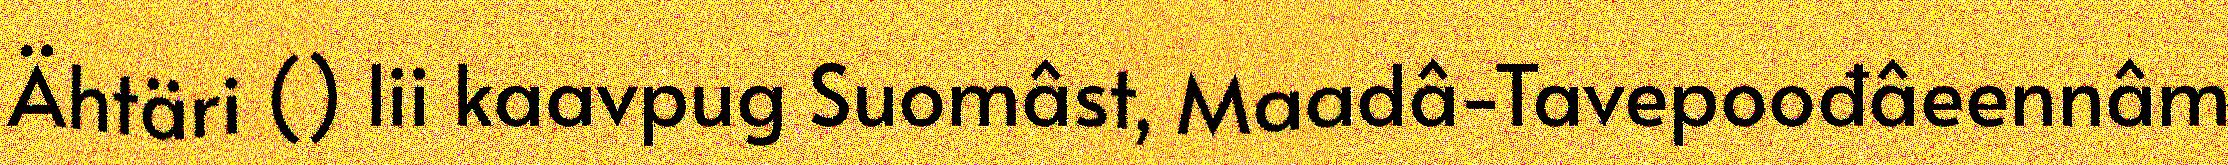
Ähtäri () lii kaavpug Suomâst, Maadâ-Tavepoođâeennâm